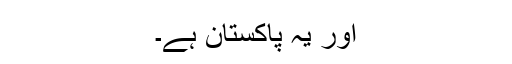
اور یہ پاکستان ہے۔